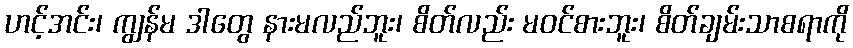
ဟင့်အင်း၊ ကျွန်မ ဒါတွေ နားမလည်ဘူး၊ စိတ်လည်း မဝင်စားဘူး၊ စိတ်ချမ်းသာစရာကို